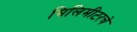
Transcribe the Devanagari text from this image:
मिलिमीटरचे